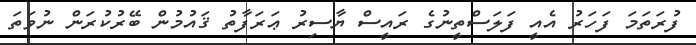
ފުރަތަމަ ފަހަރު އެއީ ފަލަސްތީނުގެ ރައީސް ޔާސިރު ޢަރަފާތު ޤައުމުން ބޭރުކުރަން ނުވަތަ